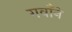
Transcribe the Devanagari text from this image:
गवाँने